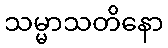
သမ္မာသတိနော